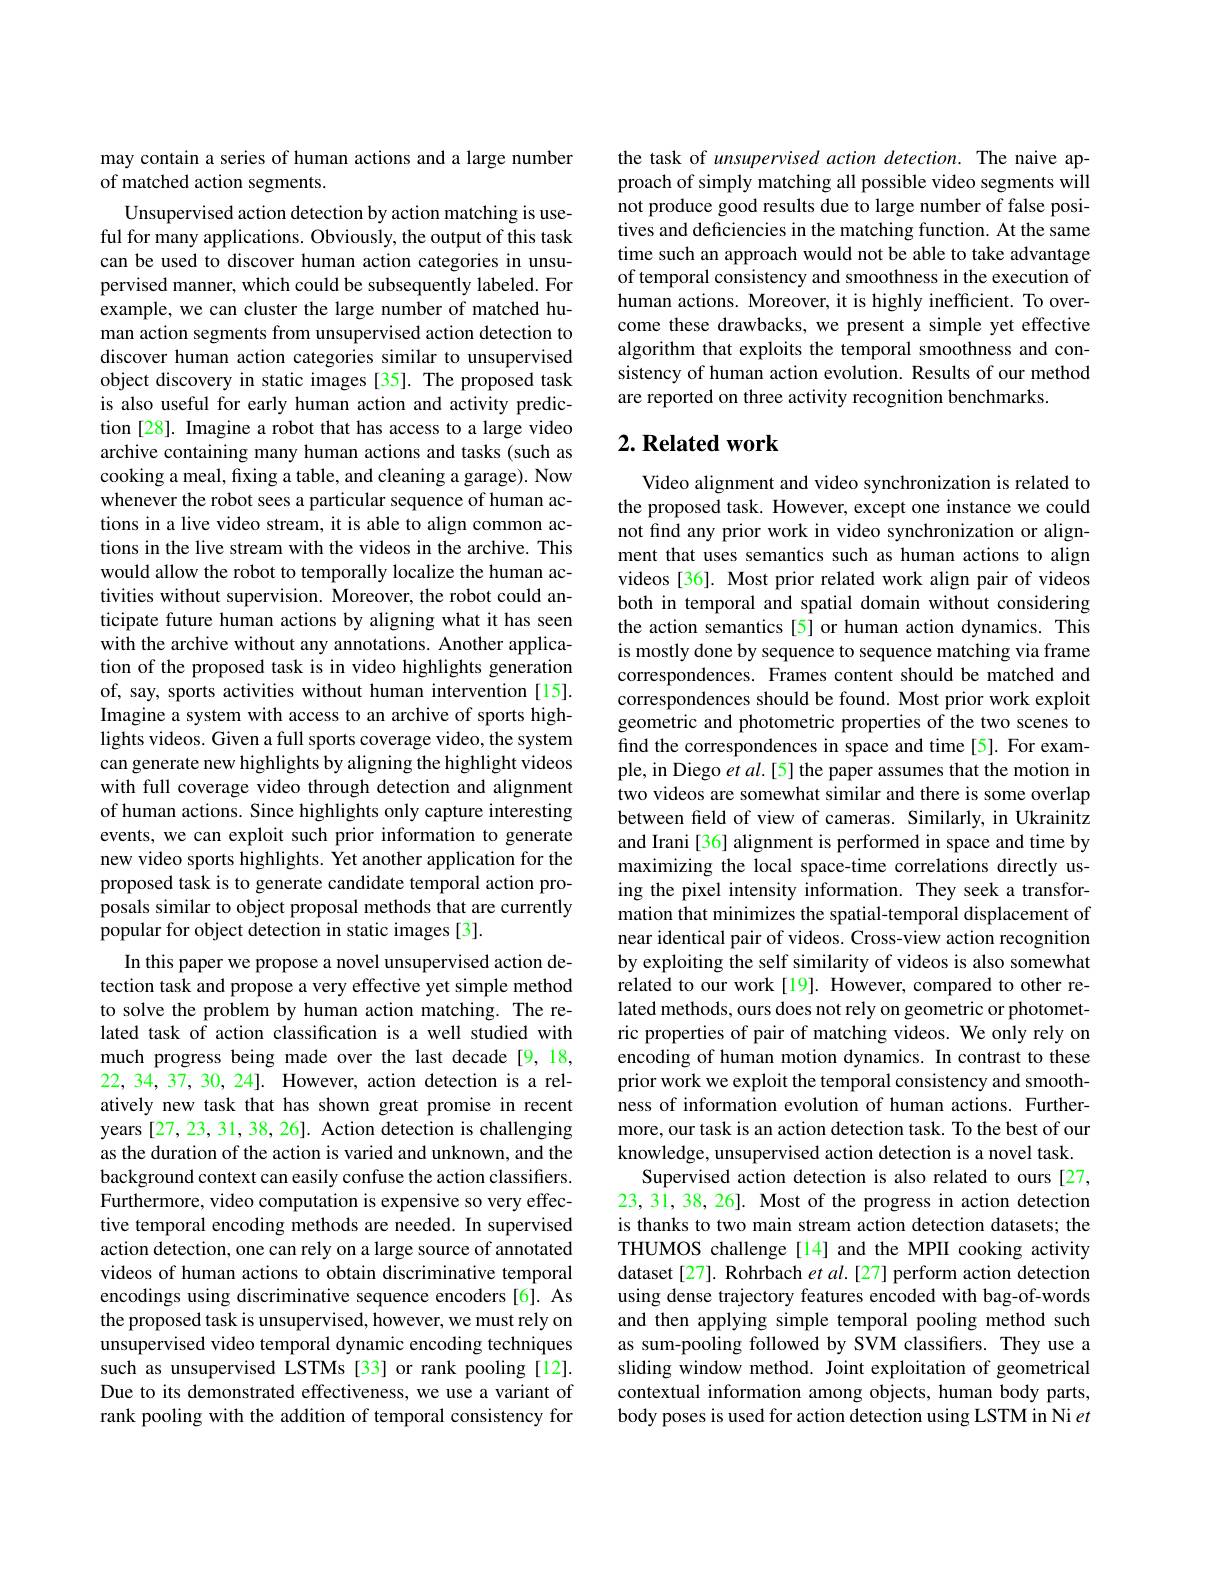
may contain a series of human actions and a large number
of matched action segments.

Unsupervised action detection by action matching is useful for many applications. Obviously, the output of this task can be used to discover human action categories in unsupervised manner, which could be subsequently labeled. For example, we can cluster the large number of matched human action segments from unsupervised action detection to discover human action categories similar to unsupervised object discovery in static images [35]. The proposed task is also useful for early human action and activity prediction [28]. Imagine a robot that has access to a large video archive containing many human actions and tasks (such as cooking a meal, fixing a table, and cleaning a garage). Now whenever the robot sees a particular sequence of human actions in a live video stream, it is able to align common actions in the live stream with the videos in the archive. This would allow the robot to temporally localize the human activities without supervision. Moreover, the robot could anticipate future human actions by aligning what it has seen with the archive without any annotations. Another application of the proposed task is in video highlights generation of, say, sports activities without human intervention [15]. Imagine a system with access to an archive of sports highlights videos. Given a full sports coverage video, the system can generate new highlights by aligning the highlight videos with full coverage video through detection and alignment of human actions. Since highlights only capture interesting events, we can exploit such prior information to generate new video sports highlights. Yet another application for the proposed task is to generate candidate temporal action proposals similar to object proposal methods that are currently popular for object detection in static images [3].
In this paper we propose a novel unsupervised action detection task and propose a very effective yet simple method to solve the problem by human action matching. The related task of action classification is a well studied with much progress being made over the last decade [9,18, 22,34,37,30,24]. However, action detection is a relatively new task that has shown great promise in recent years [27, 23, 31, 38, 26]. Action detection is challenging as the duration of the action is varied and unknown, and the background context can easily confuse the action classifiers. Furthermore, video computation is expensive so very effective temporal encoding methods are needed. In supervised action detection, one can rely on a large source of annotated videos of human actions to obtain discriminative temporal encodings using discriminative sequence encoders[6]. As the proposed task is unsupervised, however, we must rely on unsupervised video temporal dynamic encoding techniques such as unsupervised LSTMs [33] or rank pooling [12]. Due to its demonstrated effectiveness, we use a variant of rank pooling with the addition of temporal consistency for

the task of unsupervised action detection. The naive approach of simply matching all possible video segments will not produce good results due to large number of false positives and deficiencies in the matching function. At the same time such an approach would not be able to take advantage of temporal consistency and smoothness in the execution of human actions. Moreover, it is highly inefficient. To overcome these drawbacks, we present a simple yet effective algorithm that exploits the temporal smoothness and consistency of human action evolution. Results of our method are reported on three activity recognition benchmarks.

## $2. \textbf{ Related work}$

Video alignment and video synchronization is related to the proposed task. However, except one instance we could not find any prior work in video synchronization or alignment that uses semantics such as human actions to align videos [36]. Most prior related work align pair of videos both in temporal and spatial domain without considering the action semantics [5] or human action dynamics. This is mostly done by sequence to sequence matching via frame correspondences. Frames content should be matched and correspondences should be found. Most prior work exploit geometric and photometric properties of the two scenes to find the correspondences in space and time[5]. For example, in Diego $etal.[5]$ the paper assumes that the motion in two videos are somewhat similar and there is some overlap between feld of view of cameras. Similarly, in Ukrainitz and Irani[36] alignment is performed in space and time by maximizing the local space-time correlations directly using the pixel intensity information. They seek a transformation that minimizes the spatial-temporal displacement of near identical pair of videos. Cross-view action recognition by exploiting the self similarity of videos is also somewhat related to our work[19]. However, compared to other related methods, ours does not rely on geometric or photometric properties of pair of matching videos. We only rely on encoding of human motion dynamics. In contrast to these prior work we exploit the temporal consistency and smoothness of information evolution of human actions. Furthermore, our task is an action detection task. To the best of our knowledge, unsupervised action detection is a novel task.
Supervised action detection is also related to ours [27, 23, 31, 38, 26]. Most of the progress in action detection is thanks to two main stream action detection datasets; the THUMOS challenge[14] and the MPII cooking activity dataset[27]. Rohrbach $etal.[27]$ perform action detection using dense trajectory features encoded with bag-of-words and then applying simple temporal pooling method such as sum-pooling followed by SVM classifiers. They use a sliding window method. Joint exploitation of geometrical contextual information among objects, human body parts, body poses is used for action detection using LSTM in Ni et